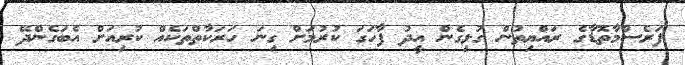
ފަރެސްމާތޮޑާގެ ރައްޔިތުން ގުޅިގެން އީދު ފާހަގަ ކުރުމަށް ގިނަ ހަރަކާތްތަކެއް ކުރިއަށް އެބަގެންދޭ